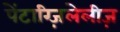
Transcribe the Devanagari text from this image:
पेंटाग्ज़िलेलीज़